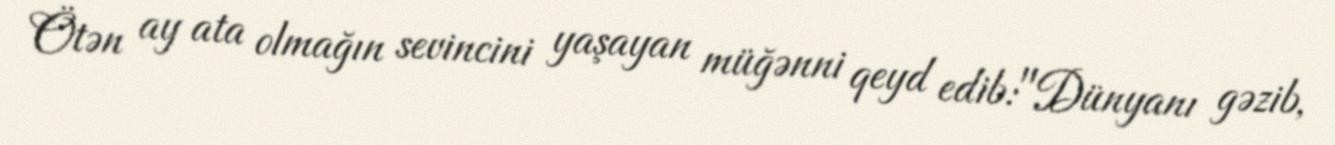
Ötən ay ata olmağın sevincini yaşayan müğənni qeyd edib:"Dünyanı gəzib,